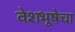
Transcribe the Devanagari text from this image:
वेशभूषेचा